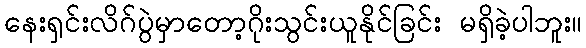
နေးရှင်းလိဂ်ပွဲမှာတော့ဂိုးသွင်းယူနိုင်ခြင်း မရှိခဲ့ပါဘူး။